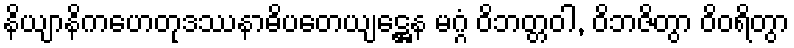
နိယျာနိကဟေတုဒဿနာဓိပတေယျဋ္ဌေန မဂ္ဂံ ဝိဘတ္တဝါ, ဝိဘဇိတွာ ဝိဝရိတွာ